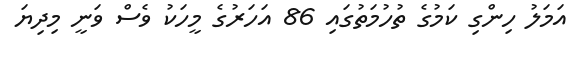
އަމަލު ހިންގި ކަމުގެ ތުހުމަތުގައި 86 އަހަރުގެ މީހަކު ވެސް ވަނީ މިދިޔަ